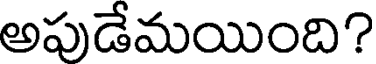
అపుడేమయింది?